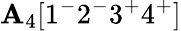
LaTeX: \mathbf{A}_{4}[1^{-}2^{-}3^{+}4^{+}]